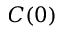
C ( 0 )